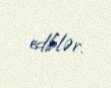
ediblər.